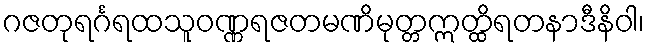
ဂဇတုရင်္ဂရထသူဝဏ္ဏရဇတမဏိမုတ္တဣတ္ထိရတနာဒီနိဝါ၊